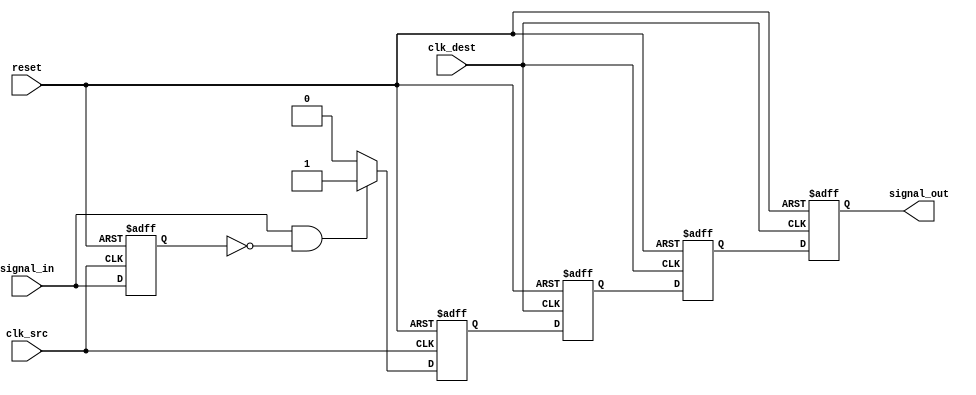
module pulsed_synchronizer (
    input wire clk_src,        // Source clock
    input wire clk_dest,       // Destination clock
    input wire reset,          // Asynchronous reset
    input wire signal_in,      // Input signal from the source clock domain
    output reg signal_out       // Synchronized output signal in the destination clock domain
);

    reg signal_in_d1;          // Delayed version of the input signal
    reg pulse;                 // Pulse signal to indicate change in input signal

    // Pulse generator logic
    always @(posedge clk_src or posedge reset) begin
        if (reset) begin
            signal_in_d1 <= 1'b0;
            pulse <= 1'b0;
        end else begin
            // Detect rising edge of the input signal
            if (signal_in && !signal_in_d1) begin
                pulse <= 1'b1;  // Generate pulse on rising edge
            end else begin
                pulse <= 1'b0;   // Reset pulse
            end
            signal_in_d1 <= signal_in; // Update delayed signal
        end
    end

    // Synchronized flip-flops
    reg signal_sync1;          // First stage of synchronization
    reg signal_sync2;          // Second stage of synchronization

    always @(posedge clk_dest or posedge reset) begin
        if (reset) begin
            signal_sync1 <= 1'b0;
            signal_sync2 <= 1'b0;
            signal_out <= 1'b0;
        end else begin
            signal_sync1 <= pulse;     // Sample pulse signal
            signal_sync2 <= signal_sync1; // Double-registering
            signal_out <= signal_sync2; // Output synchronized signal
        end
    end

endmodule